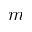
m